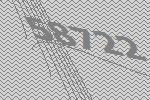
58722